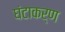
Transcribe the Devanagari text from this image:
घंटाकर्ण